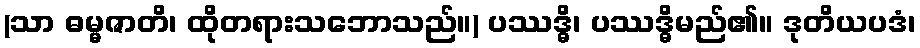
(သာ ဓမ္မဇာတိ၊ ထိုတရားသဘောသည်။) ပဿဒ္ဓိ၊ ပဿဒ္ဓိမည်၏။ ဒုတိယပဒံ၊